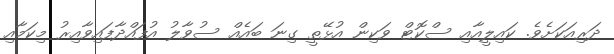
ދަރިއަކަށެވެ. ކައިލީއާއި ސްކޮޓް ވަކިން އުޅޭތީ ގިނަ ބައެއް ސުވާލު އުފައްދާފައިވާއިރު މިކަމާއި